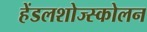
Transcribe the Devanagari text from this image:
हेंडलशोज्स्कोलन